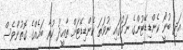
އަދި ބުނީޯ ކެންޑިޑޭޓުންގެ ނަމުގައި ނުވަތަ ކެންޑިޑޭޓަށް ތާއީދު ކުރާ ބައެއްގެ ގޮތުންވެސް